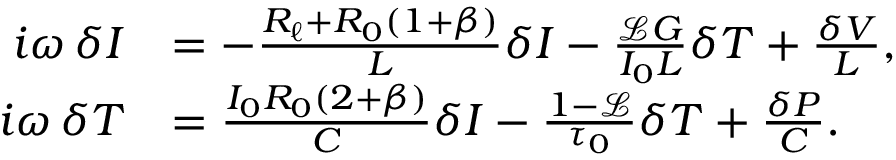
\begin{array} { r l } { \mathop { i \omega } \delta I } & { = - \frac { R _ { \ell } + R _ { 0 } ( 1 + \beta ) } { L } \delta I - \frac { \mathscr { L } G } { I _ { 0 } L } \delta T + \frac { \delta V } { L } , } \\ { \mathop { i \omega } \delta T } & { = \frac { I _ { 0 } R _ { 0 } ( 2 + \beta ) } { C } \delta I - \frac { 1 - \mathscr { L } } { \tau _ { 0 } } \delta T + \frac { \delta P } { C } . } \end{array}